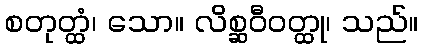
စတုတ္ထံ၊ သော။ လိစ္ဆဝီဝတ္ထု၊ သည်။